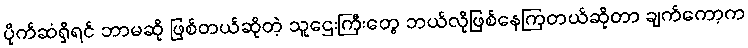
ပိုက်ဆံရှိရင် ဘာမဆို ဖြစ်တယ်ဆိုတဲ့ သူဌေးကြီးတွေ ဘယ်လိုဖြစ်နေကြတယ်ဆိုတာ ချက်ကော့က